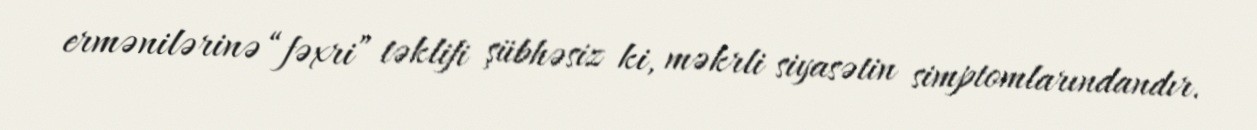
ermənilərinə “fəxri” təklifi şübhəsiz ki, məkrli siyasətin simptomlarındandır.